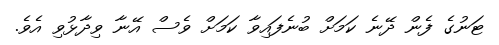
ޓަނުގެ ފެން ދޭނެ ކަމަށް ބުނެފައިވާ ކަމަށް ވެސް އޭނާ ވިދާޅުވި އެވެ.